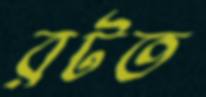
রটত